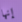
إنها